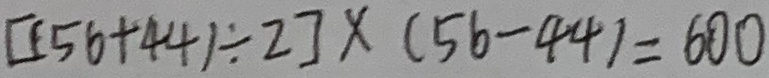
[ ( 5 6 + 4 4 ) \div 2 ] \times ( 5 6 - 4 4 ) = 6 0 0